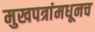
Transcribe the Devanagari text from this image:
मुखपत्रांमधूनच